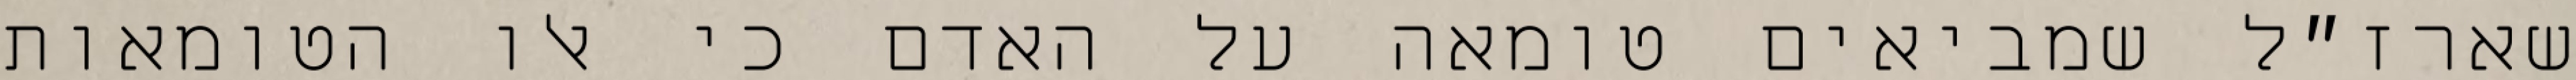
שארז״ל שמביאים טומאה על האדם כי אלו הטומאות